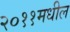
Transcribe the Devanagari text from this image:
२०११मधील